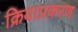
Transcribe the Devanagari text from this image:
क्रियाप्रकरण